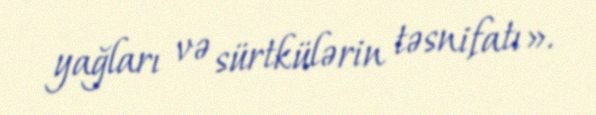
yağları və sürtkülərin təsnifatı».